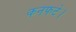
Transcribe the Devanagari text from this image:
कनफटे।